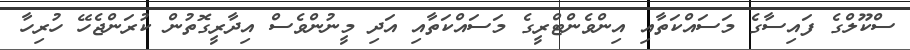
ސްކޫލްގެ ފައިސާގެ މަސައްކަތާއި އިންވެންޓްރީގެ މަސައްކަތާއި އަދި މީނުންވެސް އިދާރީގޮތުން ކުރަންޖެހޭ ހުރިހާ